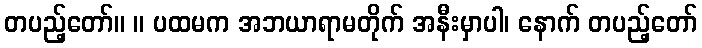
တပည့်တော်။ ။ ပထမက အဘယာရာမတိုက် အနီးမှာပါ၊ နောက် တပည့်တော်